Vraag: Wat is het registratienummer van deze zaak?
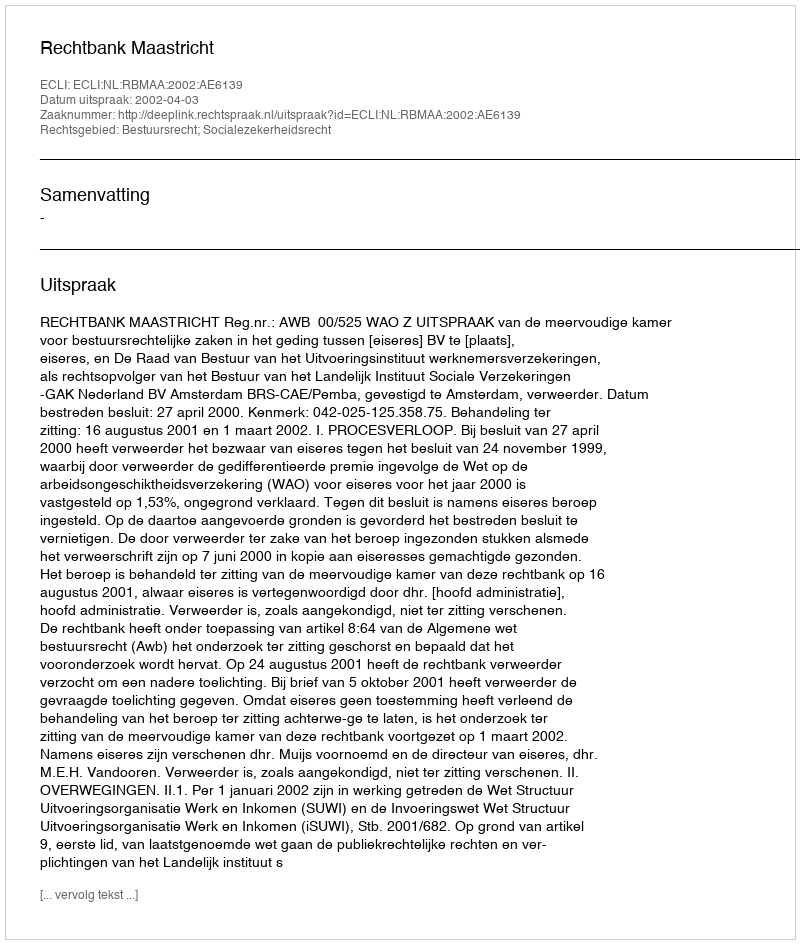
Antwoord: http://deeplink.rechtspraak.nl/uitspraak?id=ECLI:NL:RBMAA:2002:AE6139